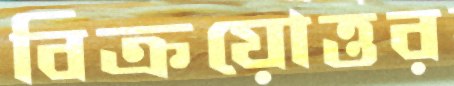
বিক্রয়োত্তর